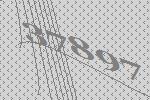
37897